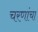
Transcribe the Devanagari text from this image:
चरणांचा